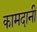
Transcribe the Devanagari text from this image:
कामदानी